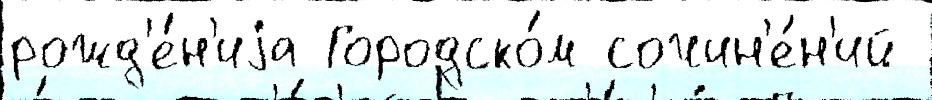
рожд'е́н'иjа Городско́м сочин'е́н'ий